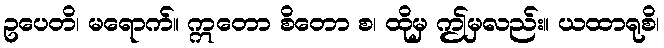
ဥပေတိ၊ မရောက်။ ဣတော စိတော စ၊ ထိုမှ ဤမှလည်း။ ယထာရုစိ၊